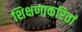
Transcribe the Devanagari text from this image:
शिक्षणाकरितां